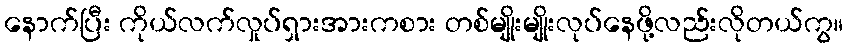
နောက်ပြီး ကိုယ်လက်လှုပ်ရှားအားကစား တစ်မျိုးမျိုးလုပ်နေဖို့လည်းလိုတယ်ကွ။